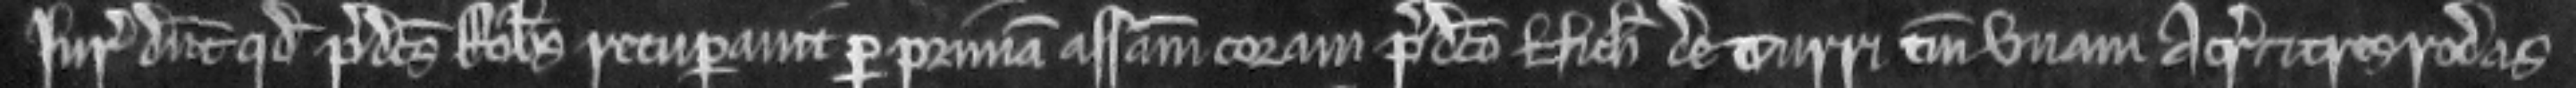
Juratores dicunt quod predictus Robertus recuperavit per primam assisam coram predicto Nicholao de Turri tantum unam acram et tres rodas